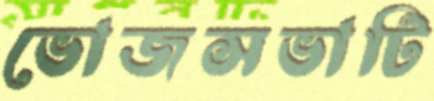
ভোজসভাটি